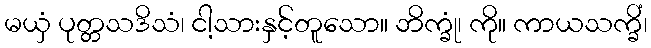
မယှံ ပုတ္တသဒိသံ၊ ငါ့သားနှင့်တူသော။ ဘိက္ခုံ၊ ကို။ ကာယသက္ခိံ၊